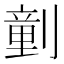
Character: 𠟍